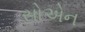
સોએન